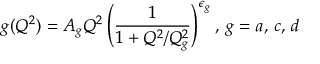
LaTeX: g ( Q ^ { 2 } ) = A _ { g } Q ^ { 2 } \left( \frac { 1 } { 1 + Q ^ { 2 } / Q _ { g } ^ { 2 } } \right) ^ { \epsilon _ { g } } , \: g = a , \, c , \, d